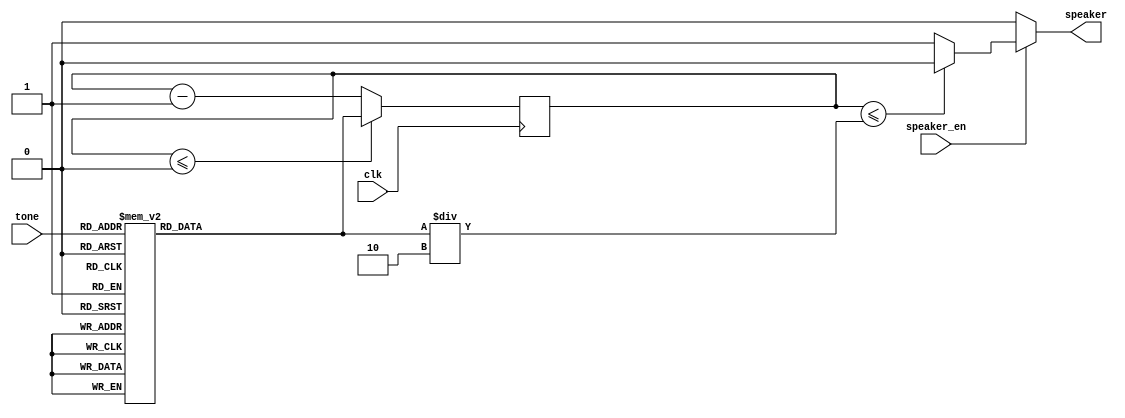

//Speaker 440Hz Tone

//`define tone_440 (113636)

module speaker(output reg speaker, input [2:0] tone, input speaker_en, clk);

	reg [16:0] count;
	reg [16:0] sound;	

	always @* begin
	/*	tone[14] = n_switch[7];
		tone[13] = n_switch[6];
		tone[12] = n_switch[5];
		tone[11] = n_switch[4];
		tone[10] = n_switch[3];
		tone[9] = n_switch[2];
		tone[8] = n_switch[1];
		tone[7] = n_switch[0];*/
		//to allow for variable tones based on buttons pressed
		
		case(tone)
			0: sound = 113636;
			1:	sound = 101239;
			2:	sound = 90192;
			3:	sound = 85131;
			4:	sound = 75843;
			5:	sound = 67568;
			6:	sound = 60196;
			7:	sound = 56818;
		endcase
	end

	always @(posedge clk) begin

		count <= count - 1;
		if (count <= 0) begin	
			count <= sound;
		end
	end

	always @* begin
		if (speaker_en) begin
			if (count <= sound / 2) begin	//spliting the 440hz into two section for variable frequency
				speaker = 0; 
			end
			else begin
				speaker = 1; 
			end
		end
		else begin
			speaker = 0;	
		end
	end

endmodule